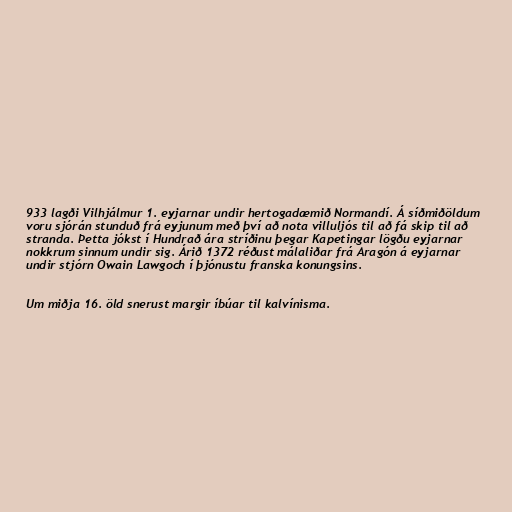
933 lagði Vilhjálmur 1. eyjarnar undir hertogadæmið Normandí. Á síðmiðöldum
voru sjórán stunduð frá eyjunum með því að nota villuljós til að fá skip til að
stranda. Þetta jókst í Hundrað ára stríðinu þegar Kapetingar lögðu eyjarnar
nokkrum sinnum undir sig. Árið 1372 réðust málaliðar frá Aragón á eyjarnar
undir stjórn Owain Lawgoch í þjónustu franska konungsins.

Um miðja 16. öld snerust margir íbúar til kalvínisma.